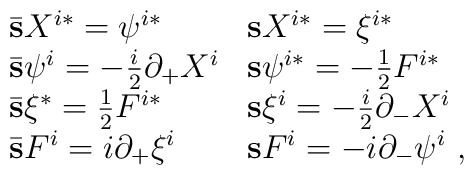
\begin{array}{ll}   \bar {\bf s} X^{i*} =  \psi^{i*}  & {\bf s} X^{i*} = \xi^{i*} \\   \bar {\bf s} \psi^i =  -\frac{i}{2} \partial _+ X^i & {\bf s} \psi^{i*}   = -\frac{1}{2} F^{i*} \\   \bar {\bf s} \xi^* = \frac{1}{2} F^{i*}  & {\bf s} \xi^i =  -\frac{i}{2}\partial _- X^i \\   \bar {\bf s} F^i = i \partial_+ \xi^i & {\bf s} F^i = -i \partial _-   \psi^i \ , \end{array}